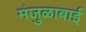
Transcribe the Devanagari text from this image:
मंजुळाबाई